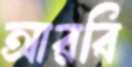
আরবি